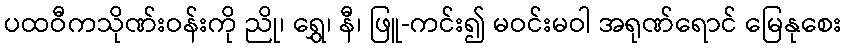
ပထဝီကသိုဏ်းဝန်းကို ညို၊ ရွှေ၊ နီ၊ ဖြူ-ကင်း၍ မဝင်းမဝါ အရုဏ်ရောင် မြေနုစေး